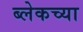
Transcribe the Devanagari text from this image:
ब्लेकच्या